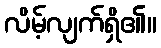
လိမ့်လျက်ရှိ၏။